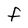
Character: F